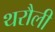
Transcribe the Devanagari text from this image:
थरौली